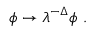
\phi \rightarrow \lambda ^ { - \Delta } \phi ~ .